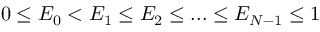
0 \le E _ { 0 } < E _ { 1 } \le E _ { 2 } \le . . . \le E _ { N - 1 } \le 1